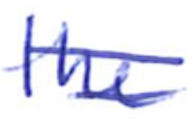
Text: the
Cross-out: double-line
Writing tool: ballpoint